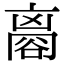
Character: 𧮼